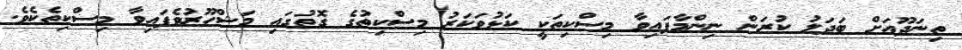
ތިނަދޫއަށް ބަދަލު ކުރަން ނިންމާފައިވާ މިސްކިތަކީ ކަޅުވަކަރު މިސްކިތުގެ ގޮތުގައި މަޝްހޫރުވެފައިވާ މިސްކިތެކެވެ.